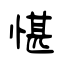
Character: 愖